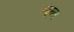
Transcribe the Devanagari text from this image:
न्यूयार्